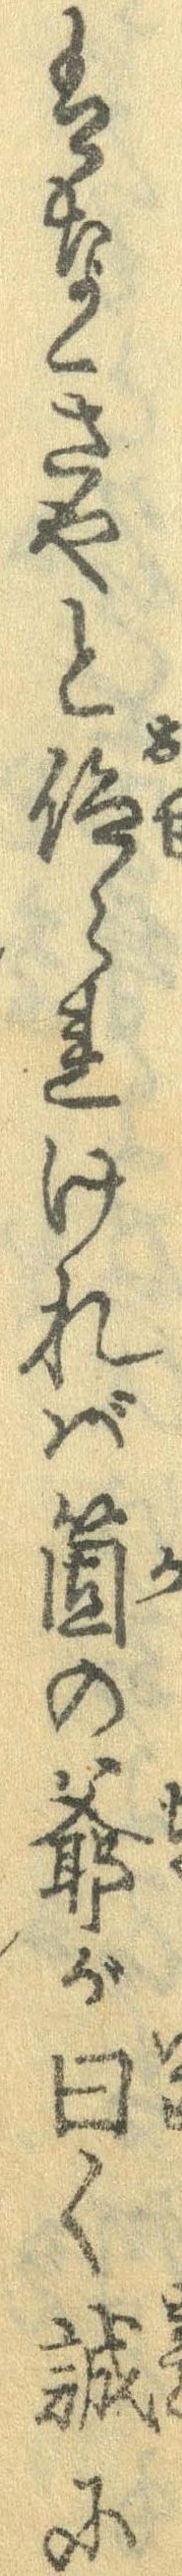
はなきやと仰られければ箇の爺が曰く誠に